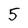
Character: 5